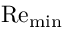
\ensuremath \mathrm { { R e } } _ { \mathrm { m i n } }